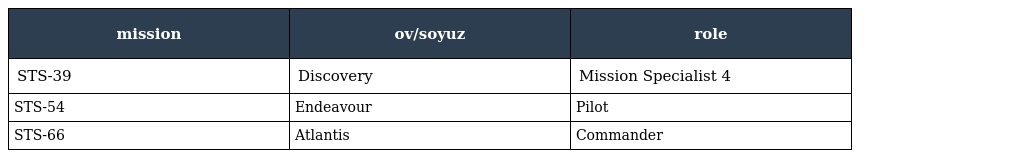
| mission | ov/soyuz | role |
 | --- | --- | --- |
 | STS-39 | Discovery | Mission Specialist 4 |
 | STS-54 | Endeavour | Pilot |
 | STS-66 | Atlantis | Commander |